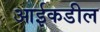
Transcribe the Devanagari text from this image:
आईकडील